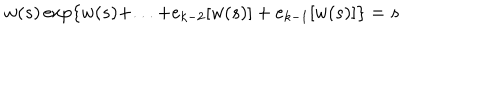
LaTeX: w ( s ) \exp \{ w ( s ) + . . . + e _ { k - 2 } [ w ( s ) ] + e _ { k - 1 } [ w ( s ) ] \} = s